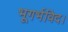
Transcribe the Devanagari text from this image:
भूगर्भविद।